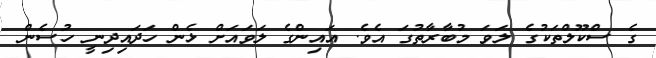
ގެ ސްކޫލްތަކުގެ ލަވަ މުބާރާތުގަ އެވެ. އައިންގެ ލަވައަށް ޅެން ހަދައިދިނީ ހުސެން